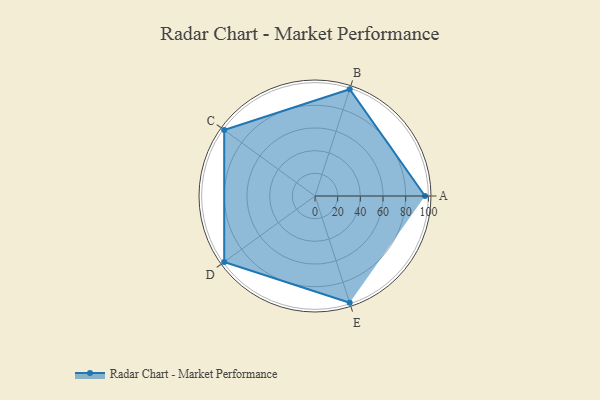
{"axis": {"x": "Skill", "y": "Score"}, "legend": ["Profile"], "data": [{"x": "A", "y": 97.0, "type": "Profile"}, {"x": "B", "y": 99, "type": "Profile"}, {"x": "C", "y": 99, "type": "Profile"}, {"x": "D", "y": 99, "type": "Profile"}, {"x": "E", "y": 99, "type": "Profile"}]}